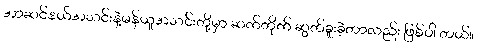
အာဆင်နယ်အသင်းနဲ့မန်ယူအသင်းတို့မှာ ဆက်တိုက် ဆွတ်ခူးခဲ့တာလည်း ဖြစ်ပါ တယ်။